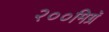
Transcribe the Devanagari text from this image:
२००मिग्रॅ